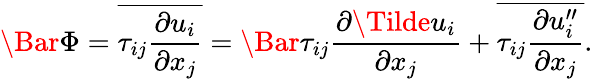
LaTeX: \Bar{\Phi}=\overline{{\tau_{ij}\frac{\partial u_{i}}{\partial x_{j}}}}=\Bar{\tau}_{ij}\frac{\partial\Tilde{u}_{i}}{\partial x_{j}}+\overline{{\tau_{ij}\frac{\partial u_{i}^{\prime\prime}}{\partial x_{j}}}}.